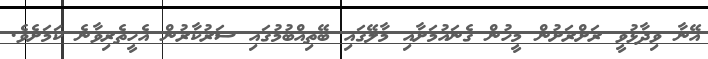
އޭނާ ވިދާޅުވީ ރަށްރަށުން މީހުން ގެނައުމަށާއި މާލޭގައި ބޭތިއްބުމުގައި ސަރުކާރުން އެހީތެރިވާނެ ކަމަށެވެ.